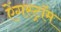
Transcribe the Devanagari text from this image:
ऐंगस्ट्रॉम